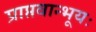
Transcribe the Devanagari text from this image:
प्राप्तवान्भूयः